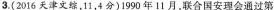
3.（2016天津文综，11，4分）1990年11月，联合国安理会通过第